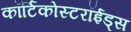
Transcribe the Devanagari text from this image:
कॉर्टिकोस्टरॉईड्स